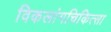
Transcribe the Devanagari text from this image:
विकलांगचिकित्सा